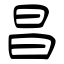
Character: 昌